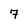
Character: 7